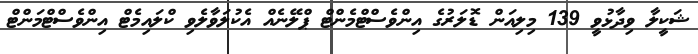
ޝަކީލާ ވިދާޅުވީ 139 މިލިއަން ޑޮލަރުގެ އިންވެސްޓްމެންޓް ޕްލޭނެއް އެކުލަވާލެވި ކްލައިމެޓް އިންވެސްޓްމަންޓް